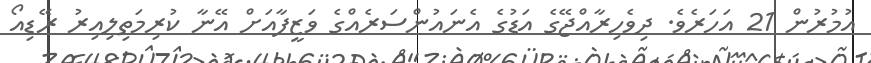
އުމުރުން 21 އަހަރެވެ. ދިވެހިރާއްޖޭގެ އަޑުގެ އެނައުންސަރެއްގެ ވަޒީފާއަށް އޭނާ ކުރިމަތިލިއިރު ރޭޑިއޯ